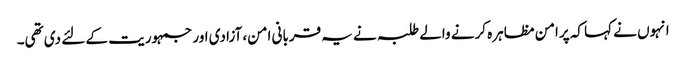
انہوں نے کہا کہ پرامن مظاہرہ کرنے والے طلبہ نے یہ قربانی امن، آزادی اور جمہوریت کے لئے دی تھی۔